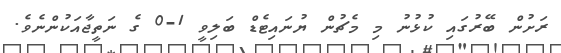
ރަށުން ބޭރުގައި ކުޅުނު މި މެޗުން ޔުނައިޓެޑް ބަލިވީ 1-0 ގެ ނަތީޖާއަކުންނެވެ.